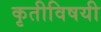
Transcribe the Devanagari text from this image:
कृतीविषयी